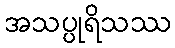
အသပ္ပုရိသဿ